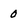
Character: 0